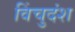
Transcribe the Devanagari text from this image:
विंचुदंश